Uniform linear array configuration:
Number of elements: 48
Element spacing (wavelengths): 0.25
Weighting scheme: hann
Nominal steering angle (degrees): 30
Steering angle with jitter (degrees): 28.221
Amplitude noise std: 0.05
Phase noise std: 0.05

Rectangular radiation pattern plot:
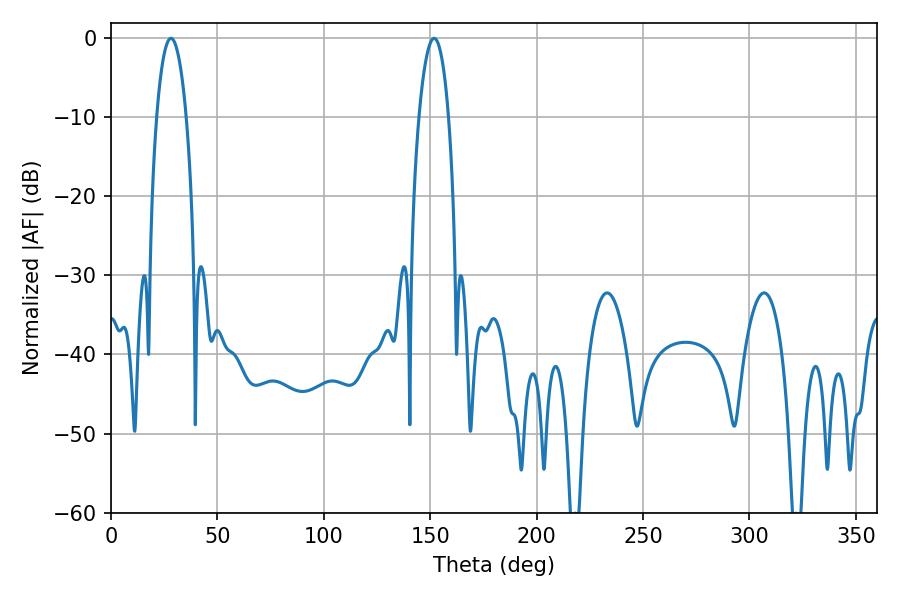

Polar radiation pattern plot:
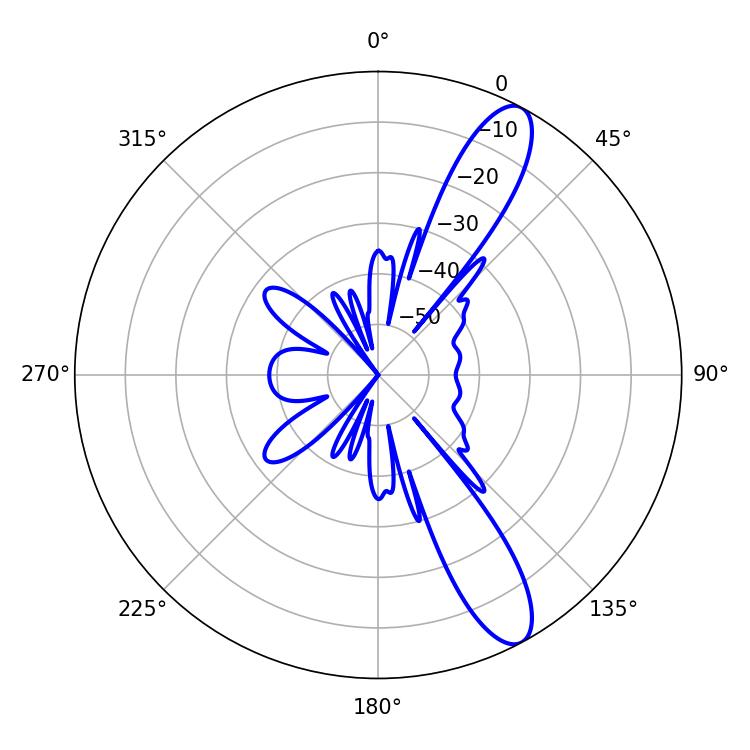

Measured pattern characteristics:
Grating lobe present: FALSE
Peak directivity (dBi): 11.648
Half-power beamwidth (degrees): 7.74
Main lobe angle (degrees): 28.26